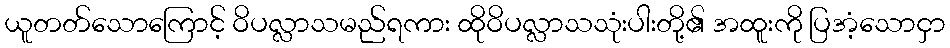
ယူတတ်သောကြောင့် ဝိပလ္လာသမည်ရကား ထိုဝိပလ္လာသသုံးပါးတို့၏ အထူးကို ပြအံ့သောငှာ